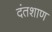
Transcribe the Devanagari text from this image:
दंतशाण